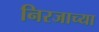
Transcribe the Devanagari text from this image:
निरजाच्या